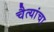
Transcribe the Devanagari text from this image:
चैत्यांचा